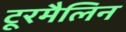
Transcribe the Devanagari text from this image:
टूरमैलिन